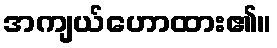
အကျယ်ဟောထား၏။